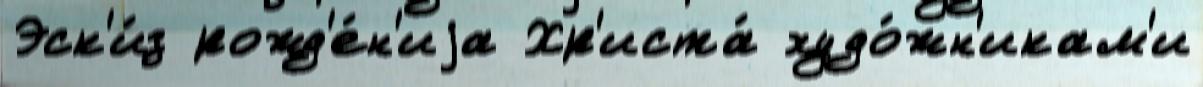
Эск'и́з рожд'е́н'иjа Хр'иста́ худо́жн'икам'и